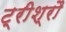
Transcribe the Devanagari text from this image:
ट्रीश्रौ